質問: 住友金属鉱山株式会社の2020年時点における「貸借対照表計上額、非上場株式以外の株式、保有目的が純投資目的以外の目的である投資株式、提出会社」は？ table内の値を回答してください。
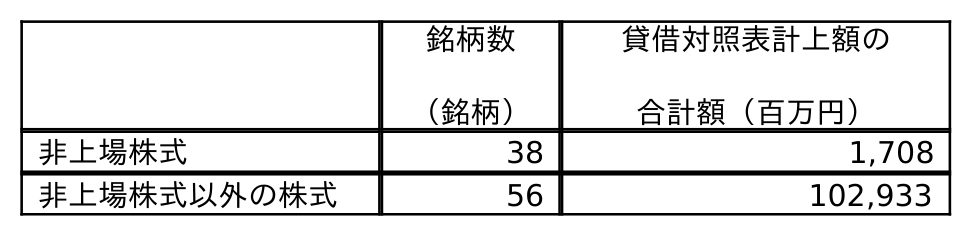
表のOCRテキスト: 銘柄数 （銘柄） 貸借対照表計上額の 合計額（百万円） 非上場株式 38 1,708 非上場株式以外の株式 56 102,933
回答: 102,933